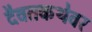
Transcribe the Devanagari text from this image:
दैवतकथेवर